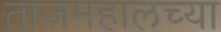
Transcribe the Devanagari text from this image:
ताजमहालच्या